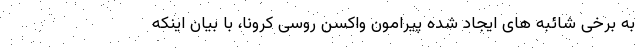
به برخی شائبه های ایجاد شده پیرامون واکسن روسی کرونا، با بیان اینکه